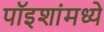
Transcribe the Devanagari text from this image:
पॉइशांमध्ये